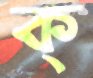
ক্